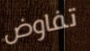
تفاوض